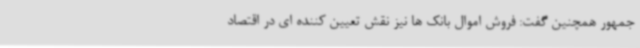
جمهور همچنین گفت: فروش اموال بانک ها نیز نقش تعیین کننده ای در اقتصاد